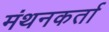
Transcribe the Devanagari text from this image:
मंथनकर्ता